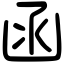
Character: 函